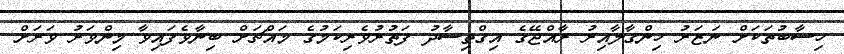
ހިސާބުތަކަށް ނަޒަރު ހިންގާލާއިރު ރާއްޖޭގެ އިގްތިސާދު ފަތުރުވެރިކަމުގެ މައްޗަށް ބިނާވެފައިވާ މިންވަރު ވަރަށް